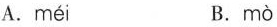
A. méi B. mò